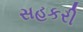
સહકરી